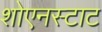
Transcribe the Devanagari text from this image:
शोएनस्टाट